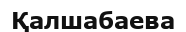
Қалшабаева